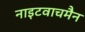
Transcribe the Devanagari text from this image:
नाइटवाचमैन